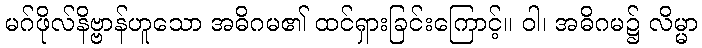
မဂ်ဖိုလ်နိဗ္ဗာန်ဟူသော အဓိဂမ၏ ထင်ရှားခြင်းကြောင့်။ ဝါ၊ အဓိဂမ၌ လိမ္မာ